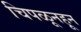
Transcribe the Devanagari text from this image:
चिपळूनहून